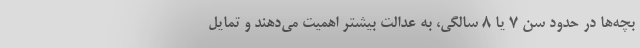
بچه‌ها در حدود سن ۷ یا ۸ سالگی، به عدالت بیشتر اهمیت می‌دهند و تمایل